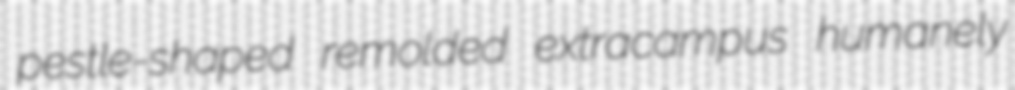
pestle-shaped remolded extracampus humanely